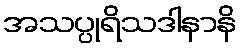
အသပ္ပုရိသဒါနာနိ